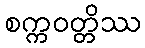
စက္ကဝတ္တိဿ